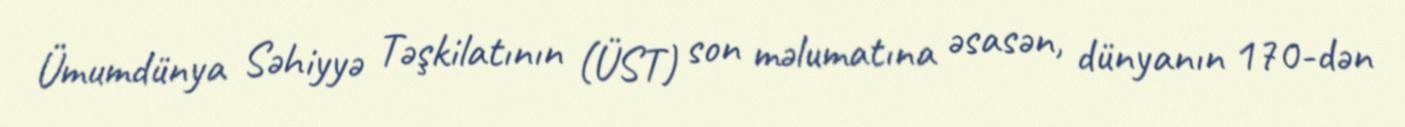
Ümumdünya Səhiyyə Təşkilatının (ÜST) son məlumatına əsasən, dünyanın 170-dən